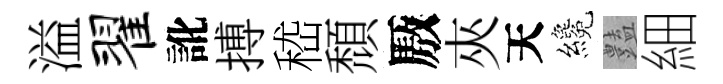
溢翟訛搏嵇頹厫夾天纔𧰟細